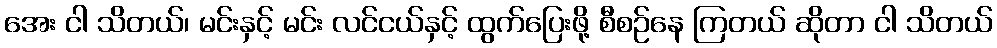
အေး ငါ သိတယ်၊ မင်းနှင့် မင်း လင်ငယ်နှင့် ထွက်ပြေးဖို့ စီစဉ်နေ ကြတယ် ဆိုတာ ငါ သိတယ်